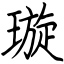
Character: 璇